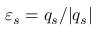
{ \varepsilon _ { s } = q _ { s } / | q _ { s } | }